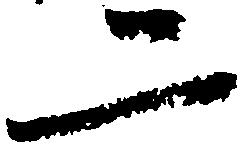
二